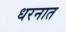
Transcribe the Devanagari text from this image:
धरनात